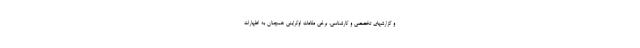
و گزارشهای تخصصی و کارشناسی، برخی مقامات اوکراینی همچنان به اظهارات